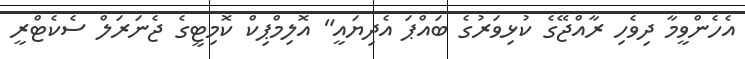
އެހެންވީމާ ދިވެހި ރާއްޖޭގެ ކުޅިވަރުގެ ބައްޕަ އެދިޔައީ" އޮލިމްޕިކް ކޮމިޓީގެ ޖެނަރަލް ސެކެޓްރީ